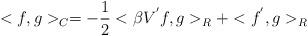
LaTeX: \begin{align*}<f,g>_C = -\frac{1}{2}<\beta V^{'} f,g>_R + <f^{'},g>_R \end{align*}